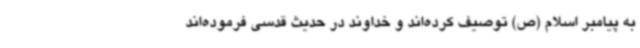
به پیامبر اسلام (ص) توصیف کرده‌اند و خداوند در حدیث قدسی فرموده‌اند